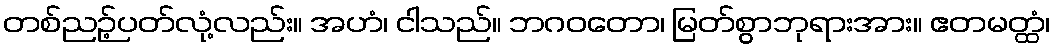
တစ်ညဉ့်ပတ်လုံ့လည်း။ အဟံ၊ ငါသည်။ ဘဂဝတော၊ မြတ်စွာဘုရားအား။ ဧတမတ္ထံ၊